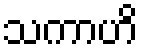
သကာဟိ